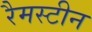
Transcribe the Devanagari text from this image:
रैमस्टीन